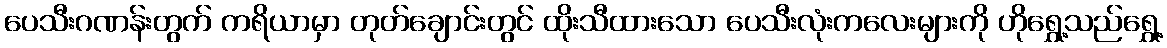
ပေသီးဂဏန်းတွက် ကရိယာမှာ တုတ်ချောင်းတွင် ထိုးသီထားသော ပေသီးလုံးကလေးများကို ဟိုရွှေ့သည်ရွှေ့